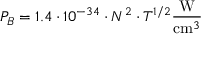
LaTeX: P _ { B } = 1 . 4 \cdot 1 0 ^ { - 3 4 } \cdot N ^ { 2 } \cdot T ^ { 1 / 2 } { \frac { \mathrm { W } } { \mathrm { c m } ^ { 3 } } }